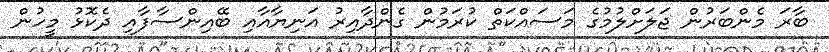
ބާރަ މެންބަރުން ޖަލަށްލުމުގެ މަސައްކަތް ކުރަމުން ގެންދާއިރު އަނިޔާއާއި ބޭއިންސާފާއި ދެކޮޅު މީހުން